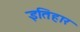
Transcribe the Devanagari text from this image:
इतिहार